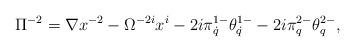
LaTeX: \begin{align*}\Pi^{-2}=\nabla x^{-2}-\Omega^{-2i}x^i-2i\pi^{1-}_{\dot q}\theta^{1-}_{\dot q}-2i\pi^{2-}_q\theta^{2-}_q,\end{align*}